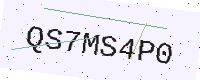
Text: QS7MS4P0